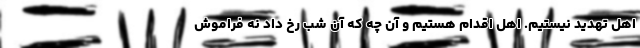
اهل تهدید نیستیم. اهل اقدام هستیم و آن چه که آن شب رخ داد نه فراموش